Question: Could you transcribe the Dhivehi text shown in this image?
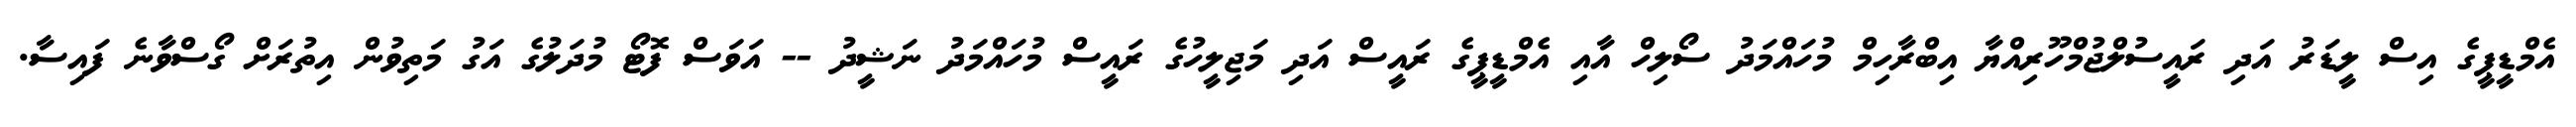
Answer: އެމްޑީޕީގެ އިސް ލީޑަރު އަދި ރައީސުލްޖުމްހޫރިއްޔާ އިބްރާހިމް މުހައްމަދު ސޯލިހް އާއި އެމްޑީޕީގެ ރައީސް އަދި މަޖިލީހުގެ ރައީސް މުހައްމަދު ނަޝީދު -- އަވަސް ފޮޓޯ މުދަލުގެ އަގު މަތިވުން އިތުރަށް ގޯސްވާނެ ފައިސާ.